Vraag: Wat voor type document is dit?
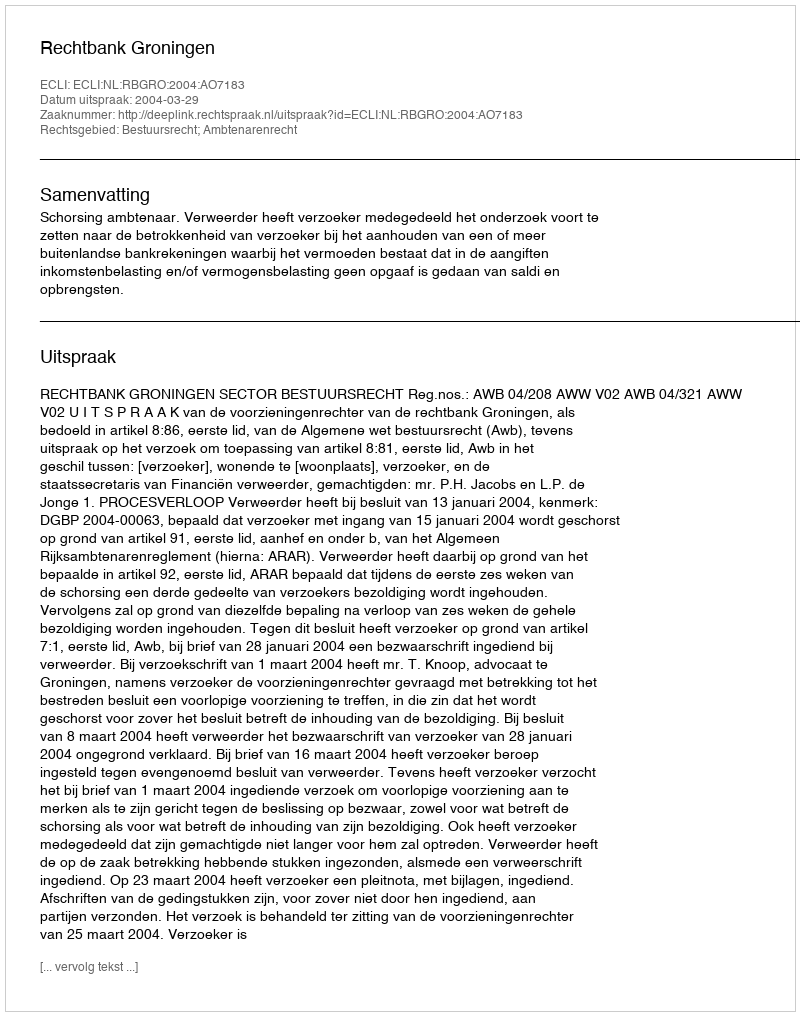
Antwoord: Uitspraak